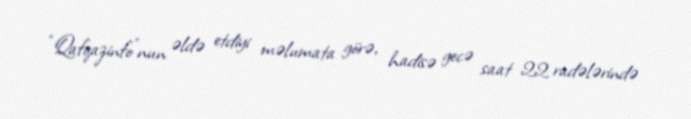
“Qafqazinfo”nun əldə etdiyi məlumata görə, hadisə gecə saat 22 radələrində